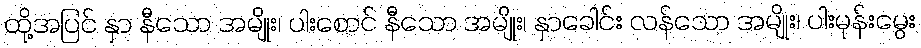
ထို့အပြင် နှာ နီသော အမျိုး၊ ပါးစောင် နီသော အမျိုး၊ နှာခေါင်း လန်သော အမျိုး၊ ပါးမုန်းမွေး